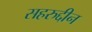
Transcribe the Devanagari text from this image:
सहरुद्दीन